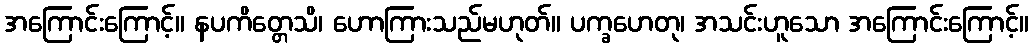
အကြောင်းကြောင့်။ နပကိတ္တေသိ၊ ဟောကြားသည်မဟုတ်။ ပက္ခဟေတု၊ အသင်းဟူသော အကြောင်းကြောင့်။